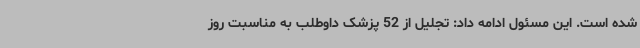
شده است. این مسئول ادامه داد: تجلیل از 52 پزشک داوطلب به مناسبت روز